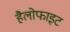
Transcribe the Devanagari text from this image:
हैलोफाइट